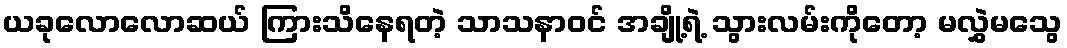
ယခုလောလောဆယ် ကြားသိနေရတဲ့ သာသနာဝင် အချို့ရဲ့ သွားလမ်းကိုတော့ မလွှဲမသွေ